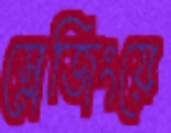
স্লেজিংয়ে